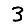
Digit: 3